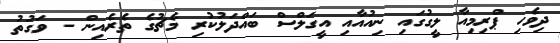
ދިވެހި ޕްރިމިއާ ލީގުގައި ނިއުއާއި އީގަލްސް ބައްދަލުކުރި މެޗުގެ ތެރެއިން - ވަގުތު